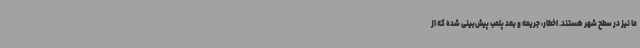
ما نیز در سطح شهر هستند. اخطار، جریمه و بعد پلمب پیش‌بینی شده که از